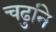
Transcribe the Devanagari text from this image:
चढुनि